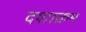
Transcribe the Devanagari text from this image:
दशाक्रम